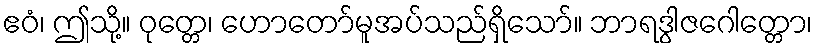
ဧဝံ၊ ဤသို့။ ဝုတ္တေ၊ ဟောတော်မူအပ်သည်ရှိသော်။ ဘာရဒွါဇဂေါတ္တော၊